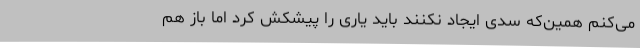
می‌کنم همین‌که سدی ایجاد نکنند باید یاری را پیشکش کرد اما باز هم